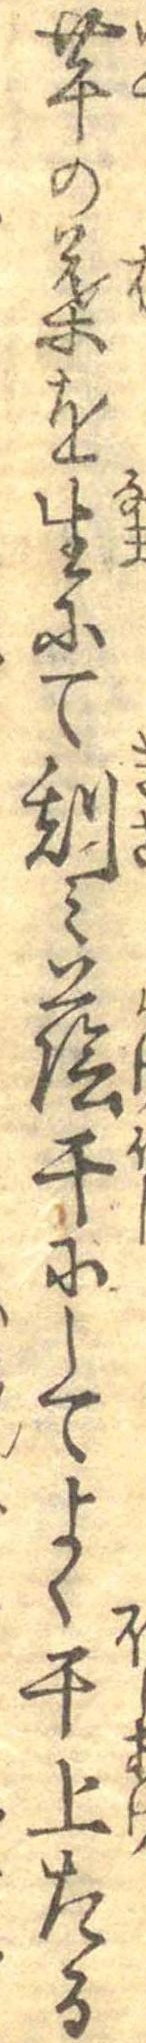
芋の葉を生にて刻み蔭干にしてよく于上たる